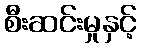
စီးဆင်းမှုနှင့်